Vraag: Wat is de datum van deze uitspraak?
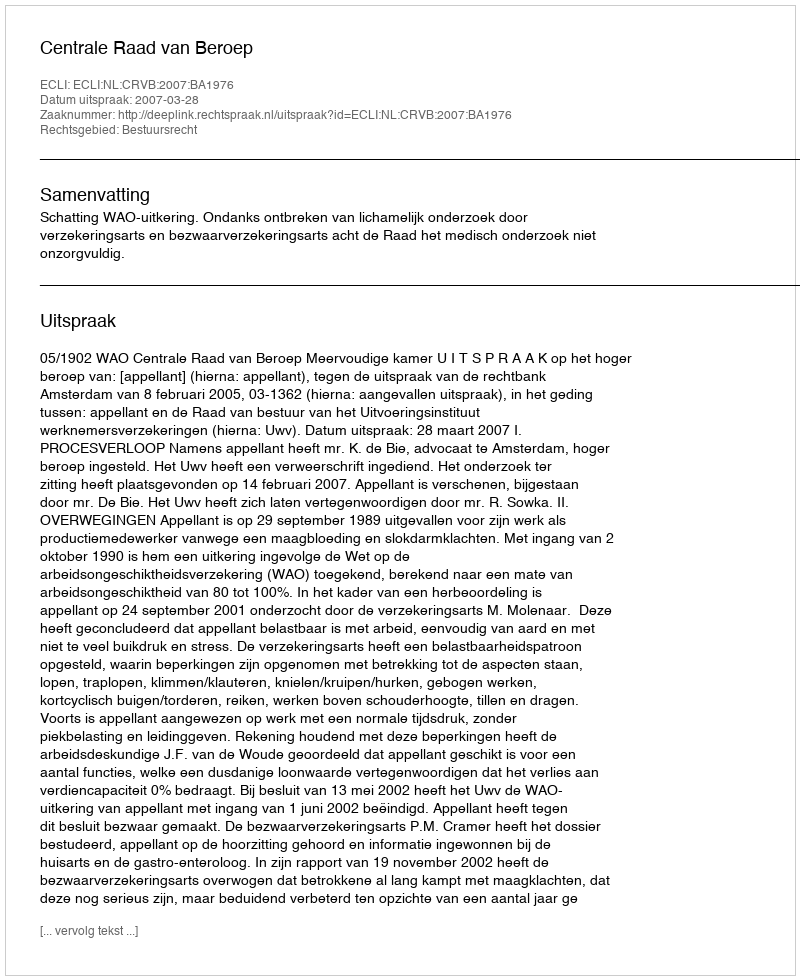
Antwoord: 2007-03-28